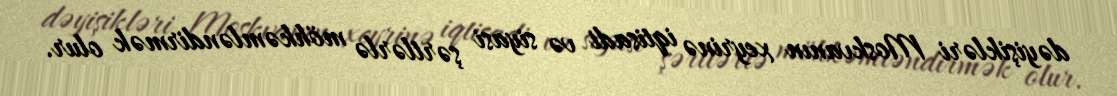
dəyişikləri Moskvanın xeyrinə iqtisadi və siyasi şərtlərlə möhkəmləndirmək olur.